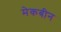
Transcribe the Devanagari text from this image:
मेकबीन